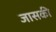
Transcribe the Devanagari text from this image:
जासकी